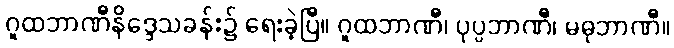
ဂူထဘာဏီနိဒ္ဒေသခန်း၌ ရေးခဲ့ပြီ။ ဂူထဘာဏီ၊ ပုပ္ပဘာဏီ၊ မဓုဘာဏီ။